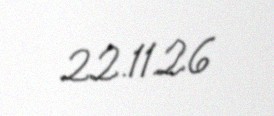
22.11.26